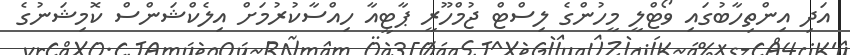
އަދި އިންތިހާބުގައި ވޯޓްލީ މީހުންގެ ލިސްޓް ޖުމްހޫރީ ޕާޓީއާ ހިއްސާކުރުމަށް އިލެކްޝަންސް ކޮމިޝަނުގެ